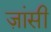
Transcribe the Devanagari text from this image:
ज़ांसी